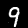
Digit: 9